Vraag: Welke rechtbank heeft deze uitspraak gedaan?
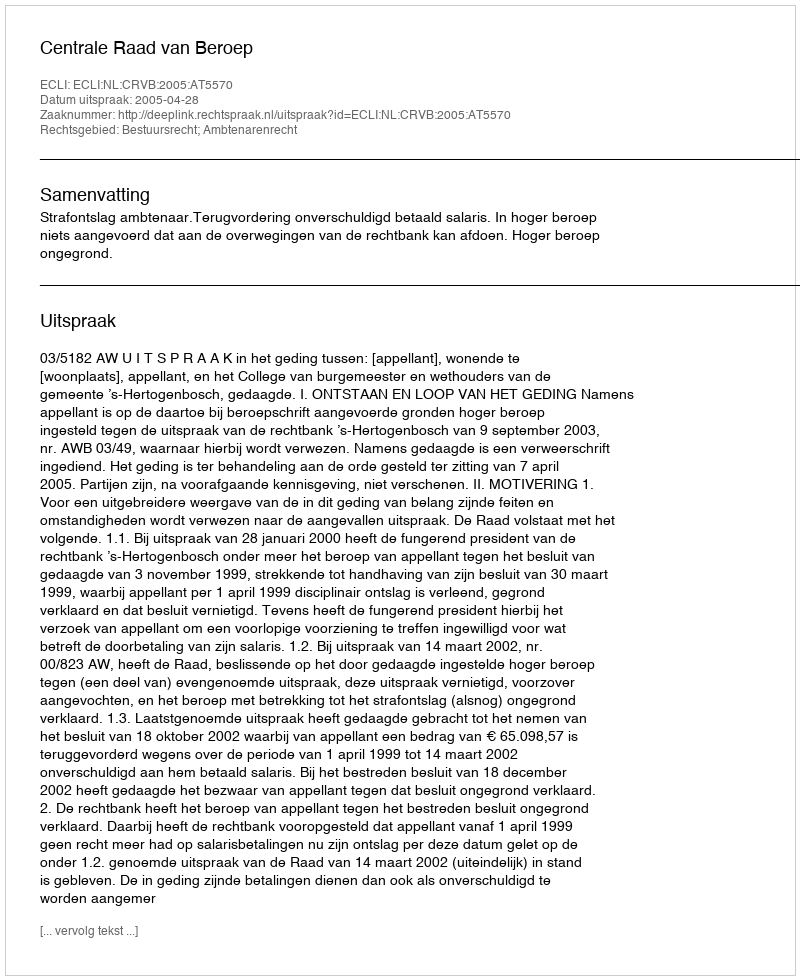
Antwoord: Centrale Raad van Beroep